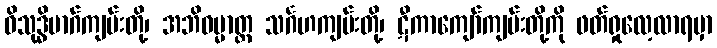
ဝိသုဒ္ဓိမာဂ်ကျမ်းတို့၊ အဘိဓမ္မာတ္ထ သင်္ဂဟကျမ်းတို့၊ ဋီကာကျော်ကျမ်းတို့ကို ဖတ်ရှုလေ့လာရမှာ